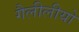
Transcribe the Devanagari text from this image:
गैलीलीयो